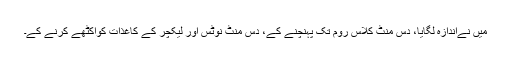
میں نےاندازہ لگایا، دس منٹ کلاس روم تک پہنچنے کے، دس منٹ نوٹس اور لیکچر کے کاغذات کواکٹھے کرنے کے۔